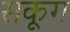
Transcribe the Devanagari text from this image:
सकूग